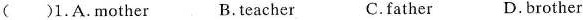
( )1.A.mother B.teacher C.father D.brother